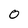
Character: 0